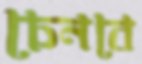
চেনবে